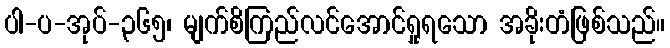
ပါ-ပ-အုပ်-၃၆၅၊ မျက်စိကြည်လင်အောင်ရှုရသော အခိုးတံဖြစ်သည်။